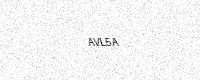
Text: AVL5A